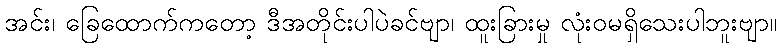
အင်း၊ ခြေထောက်ကတော့ ဒီအတိုင်းပါပဲခင်ဗျာ၊ ထူးခြားမှု လုံးဝမရှိသေးပါဘူးဗျာ။